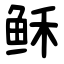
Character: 稣